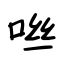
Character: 咝